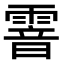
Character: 𩄒